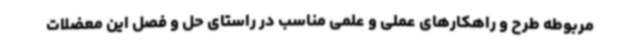
مربوطه طرح و راهکارهای عملی و علمی مناسب در راستای حل و فصل این معضلات